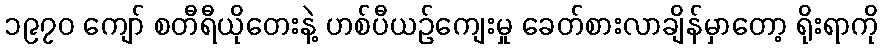
၁၉၇၀ ကျော် စတီရီယိုတေးနဲ့ ဟစ်ပီယဉ်ကျေးမှု ခေတ်စားလာချိန်မှာတော့ ရိုးရာကို